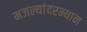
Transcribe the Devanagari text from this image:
मजल्यांदरम्यान